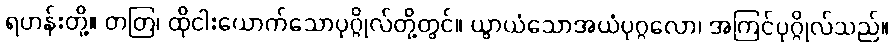
ရဟန်းတို့။ တတြ၊ ထိုငါးယောက်သောပုဂ္ဂိုလ်တို့တွင်။ ယွာယံသောအယံပုဂ္ဂလော၊ အကြင်ပုဂ္ဂိုလ်သည်။